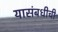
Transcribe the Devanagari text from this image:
यासंबधीची